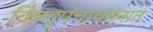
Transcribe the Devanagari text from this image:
विष्णुपंचायतनात